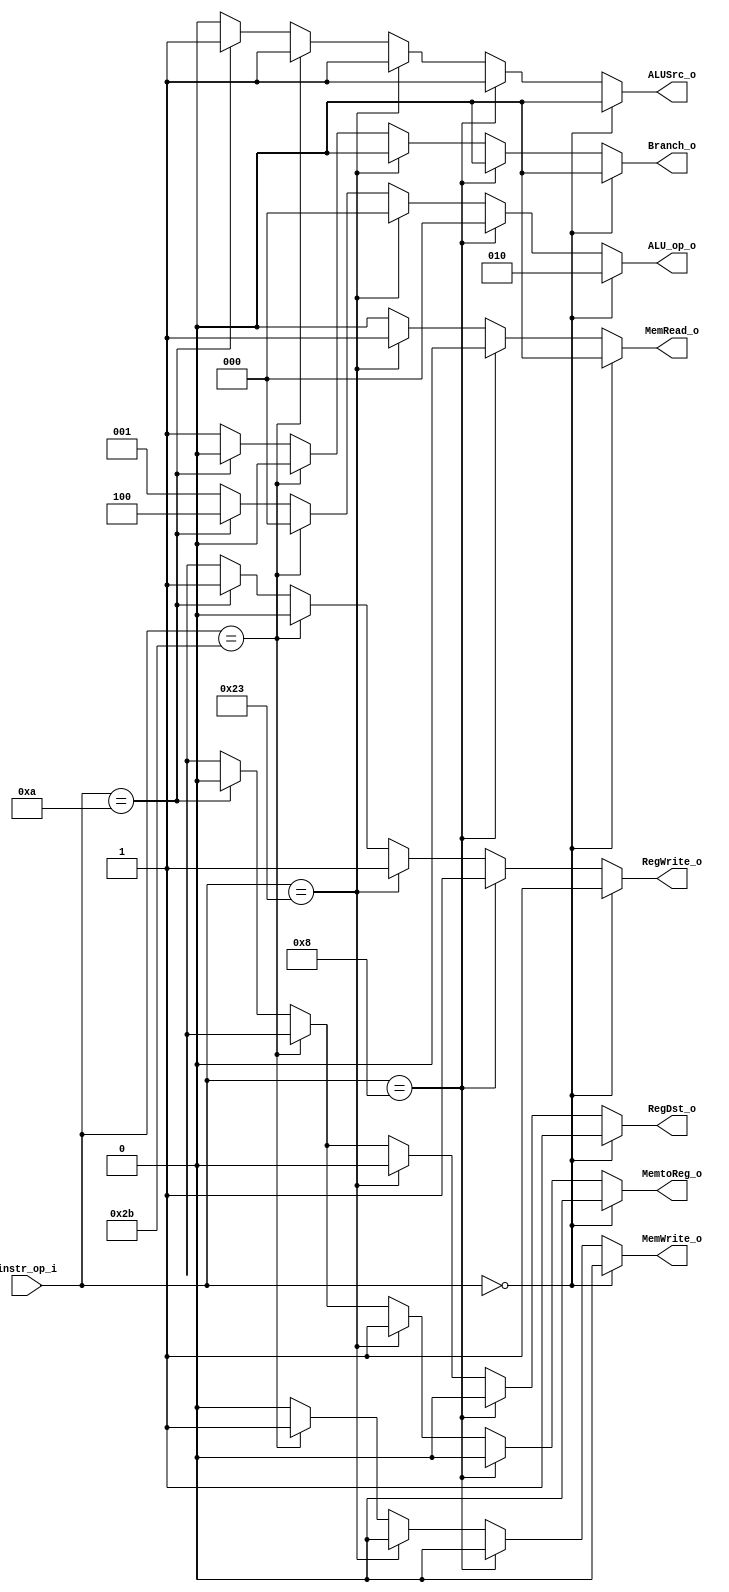
//Subject:     Architecture project 2 - Decoder
//--------------------------------------------------------------------------------
//Version:     1
//--------------------------------------------------------------------------------
//Writer:      
//----------------------------------------------
//Date:        
//----------------------------------------------
//Description: 
//--------------------------------------------------------------------------------

module Decoder(
    instr_op_i,
	RegWrite_o,
	ALU_op_o,
	ALUSrc_o,
	RegDst_o,
	Branch_o,
	MemWrite_o,
	MemRead_o,
	MemtoReg_o
	);
     
//I/O ports
input  [6-1:0] instr_op_i;

output         RegWrite_o;
output [3-1:0] ALU_op_o;
output         ALUSrc_o;
output         RegDst_o;
output         Branch_o;
output		   MemWrite_o;
output		   MemRead_o;
output		   MemtoReg_o;
 
//Internal Signals
reg    [3-1:0] ALU_op_o;
reg            ALUSrc_o;
reg            RegWrite_o;
reg            RegDst_o;
reg            Branch_o;
reg			   MemWrite_o;
reg			   MemRead_o;
reg			   MemtoReg_o;

//Parameter


//Main function
always@(instr_op_i)begin
	if(instr_op_i == 6'b000000)begin // R-type : and, or, add, sub, slt
		ALU_op_o <= 3'b010;
		RegDst_o <= 1;
		Branch_o <= 0;
		MemWrite_o <= 0;
		MemRead_o <= 0;
		MemtoReg_o <= 0;
		RegWrite_o <= 1;
		ALUSrc_o <= 0;
		
	end
	else begin // I-type
		if(instr_op_i == 6'b001000)begin //addi
			ALU_op_o <= 3'b000;
			RegDst_o <= 0;
			Branch_o <= 0;
			MemWrite_o <= 0;
			MemRead_o <= 0;
			MemtoReg_o <= 0;
			RegWrite_o <= 1;
			ALUSrc_o <= 1;
		end
		else if(instr_op_i == 6'b100011)begin // lw
			ALU_op_o <= 3'b000;
			RegDst_o <= 0;
			Branch_o <= 0;
			MemWrite_o <= 0;
			MemRead_o <= 1;
			MemtoReg_o <= 1;
			RegWrite_o <= 1;
			ALUSrc_o <= 1;
		end
		else if(instr_op_i == 6'b101011)begin // sw
			ALU_op_o <= 3'b000;
			RegDst_o <= 1'bx;
			Branch_o <= 0;
			MemWrite_o <= 1;
			MemRead_o <= 0;
			MemtoReg_o <= 1'bx;
			RegWrite_o <= 0;
			ALUSrc_o <= 1;
			
			
		end
		else if(instr_op_i == 6'b001010)begin // slti
			ALU_op_o <= 3'b100;
			RegDst_o <= 0;
			Branch_o <= 0;
			MemWrite_o <= 0;
			MemRead_o <= 0;
			MemtoReg_o <= 0;
			RegWrite_o <= 1;
			ALUSrc_o <= 1;
			
			
		end
		else begin // beq (branch)
			ALU_op_o <= 3'b001;
			RegDst_o <= 1'bx;
			Branch_o <= 1;
			MemWrite_o <= 0;
			MemRead_o <= 0;
			MemtoReg_o <= 1'bx;
			RegWrite_o <= 1'bx;
			ALUSrc_o <= 0;
	
		end
	end
end

endmodule